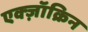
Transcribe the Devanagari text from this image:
एक्ज़ॉक्रिन